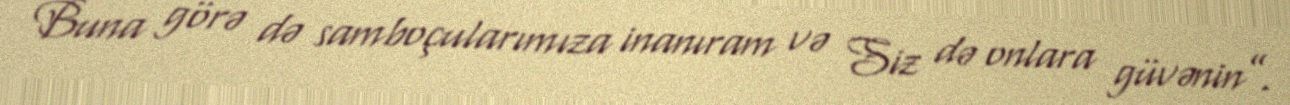
Buna görə də samboçularımıza inanıram və Siz də onlara güvənin”.